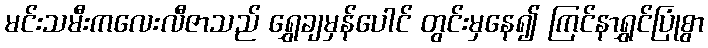
မင်းသမီးကလေးလီဇာသည် ရွှေချမှန်ပေါင် တွင်းမှနေ၍ ကြင်နာရွှင်ပြုံစွာ